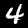
Label: 4